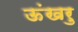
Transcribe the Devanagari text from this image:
ऊंखरु